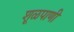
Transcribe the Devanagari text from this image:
शूळपाणी